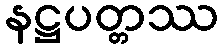
နဋ္ဌပတ္တဿ